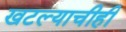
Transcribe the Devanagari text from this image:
खटल्याचीही